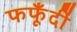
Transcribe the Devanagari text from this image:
फफूँदीं